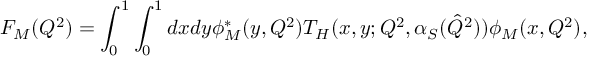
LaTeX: F _ { M } ( Q ^ { 2 } ) = \int _ { 0 } ^ { 1 } \int _ { 0 } ^ { 1 } d x d y \phi _ { M } ^ { * } ( y , Q ^ { 2 } ) T _ { H } ( x , y ; Q ^ { 2 } , \alpha _ { S } ( \hat { Q } ^ { 2 } ) ) \phi _ { M } ( x , Q ^ { 2 } ) ,